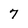
Character: 7